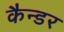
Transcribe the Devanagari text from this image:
कैन्डर